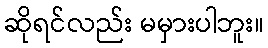
ဆိုရင်လည်း မမှားပါဘူး။